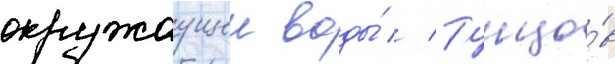
окружаущеи воды́ // Тунцо́в